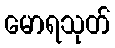
မောရသုတ်